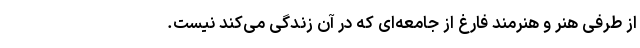
از طرفی هنر و هنرمند فارغ از جامعه‌ای که در آن زندگی می‌کند نیست.